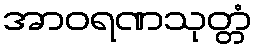
အာဝရဏသုတ္တံ